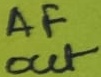
Text: AF out